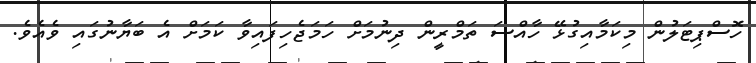
ހޮސްޕިޓަލުން މިކަމާއިގުޅޭ ހާއްސަ ތަމްރީން ދިނުމަށް ހަމަޖެހިފައިވާ ކަމަށް އެ ބަޔާނުގައި ވެއެވެ.